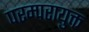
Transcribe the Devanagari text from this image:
परम्परायुक्त